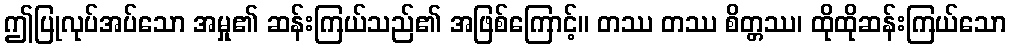
ဤပြုလုပ်အပ်သော အမှု၏ ဆန်းကြယ်သည်၏ အဖြစ်ကြောင့်။ တဿ တဿ စိတ္တဿ၊ ထိုထိုဆန်းကြယ်သော